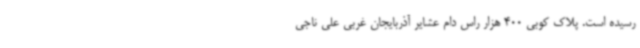
رسیده است. پلاک کوبی 400 هزار راس دام عشایر آذربایجان غربی علی ناجی